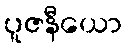
ပူဇနီယော